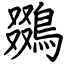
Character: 鵽